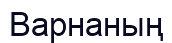
Варнаның